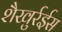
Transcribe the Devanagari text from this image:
शैखुर्रईस